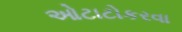
ઓટાટોકરવા